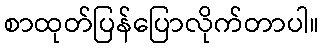
စာထုတ်ပြန်ပြောလိုက်တာပါ။